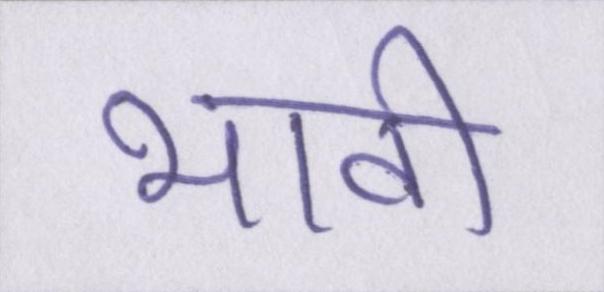
भावी